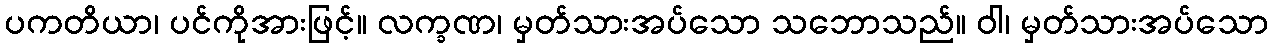
ပကတိယာ၊ ပင်ကိုအားဖြင့်။ လက္ခဏ၊ မှတ်သားအပ်သော သဘောသည်။ ဝါ၊ မှတ်သားအပ်သော